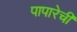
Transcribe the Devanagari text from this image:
पापारेची